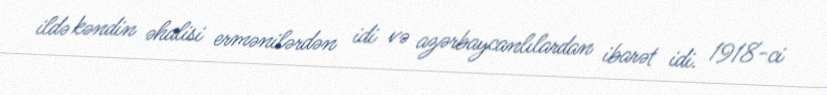
ildə kəndin əhalisi ermənilərdən idi və azərbaycanlılardan ibarət idi. 1918-ci